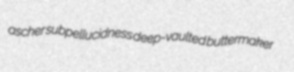
ascher subpellucidness deep-vaulted buttermaker